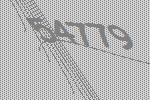
54779